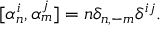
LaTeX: [ \alpha _ { n } ^ { i } , \alpha _ { m } ^ { j } ] = n \delta _ { n , - m } \delta ^ { i j } .